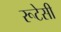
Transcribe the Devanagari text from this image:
रूटेसी